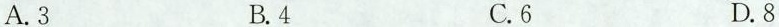
A.3 B.4 C.6 D.8